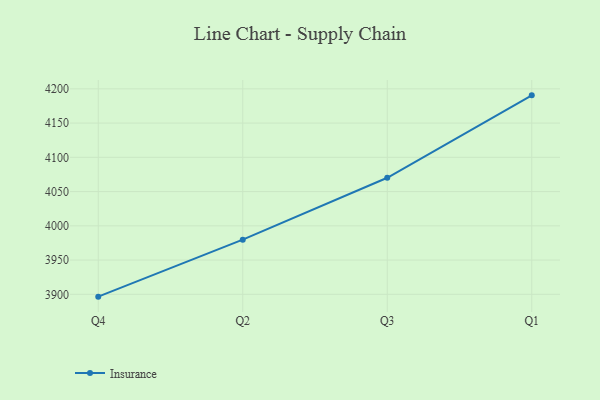
{"axis": {"x": "Quarter", "y": "Temperature (°C)"}, "legend": ["Insurance"], "data": [{"x": "Q4", "y": 3896.6, "type": "Insurance"}, {"x": "Q2", "y": 3979.8, "type": "Insurance"}, {"x": "Q3", "y": 4070.2, "type": "Insurance"}, {"x": "Q1", "y": 4190.5, "type": "Insurance"}]}